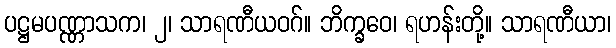
ပဋ္ဌမပဏ္ဏာသက၊ ၂၊ သာရဏီယဝဂ်။ ဘိက္ခဝေ၊ ရဟန်းတို့။ သာရဏီယာ၊